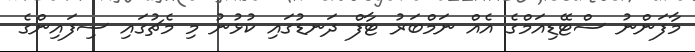
މާފަންނު ސްޓޭޑިއަމްގެ އެއް ނަމްބަރު ޓާފް ދަނޑުގައި ކުޅުނު މި މެޗުގައި ސިފައިންގެ